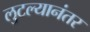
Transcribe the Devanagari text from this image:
लुटल्यानंतर